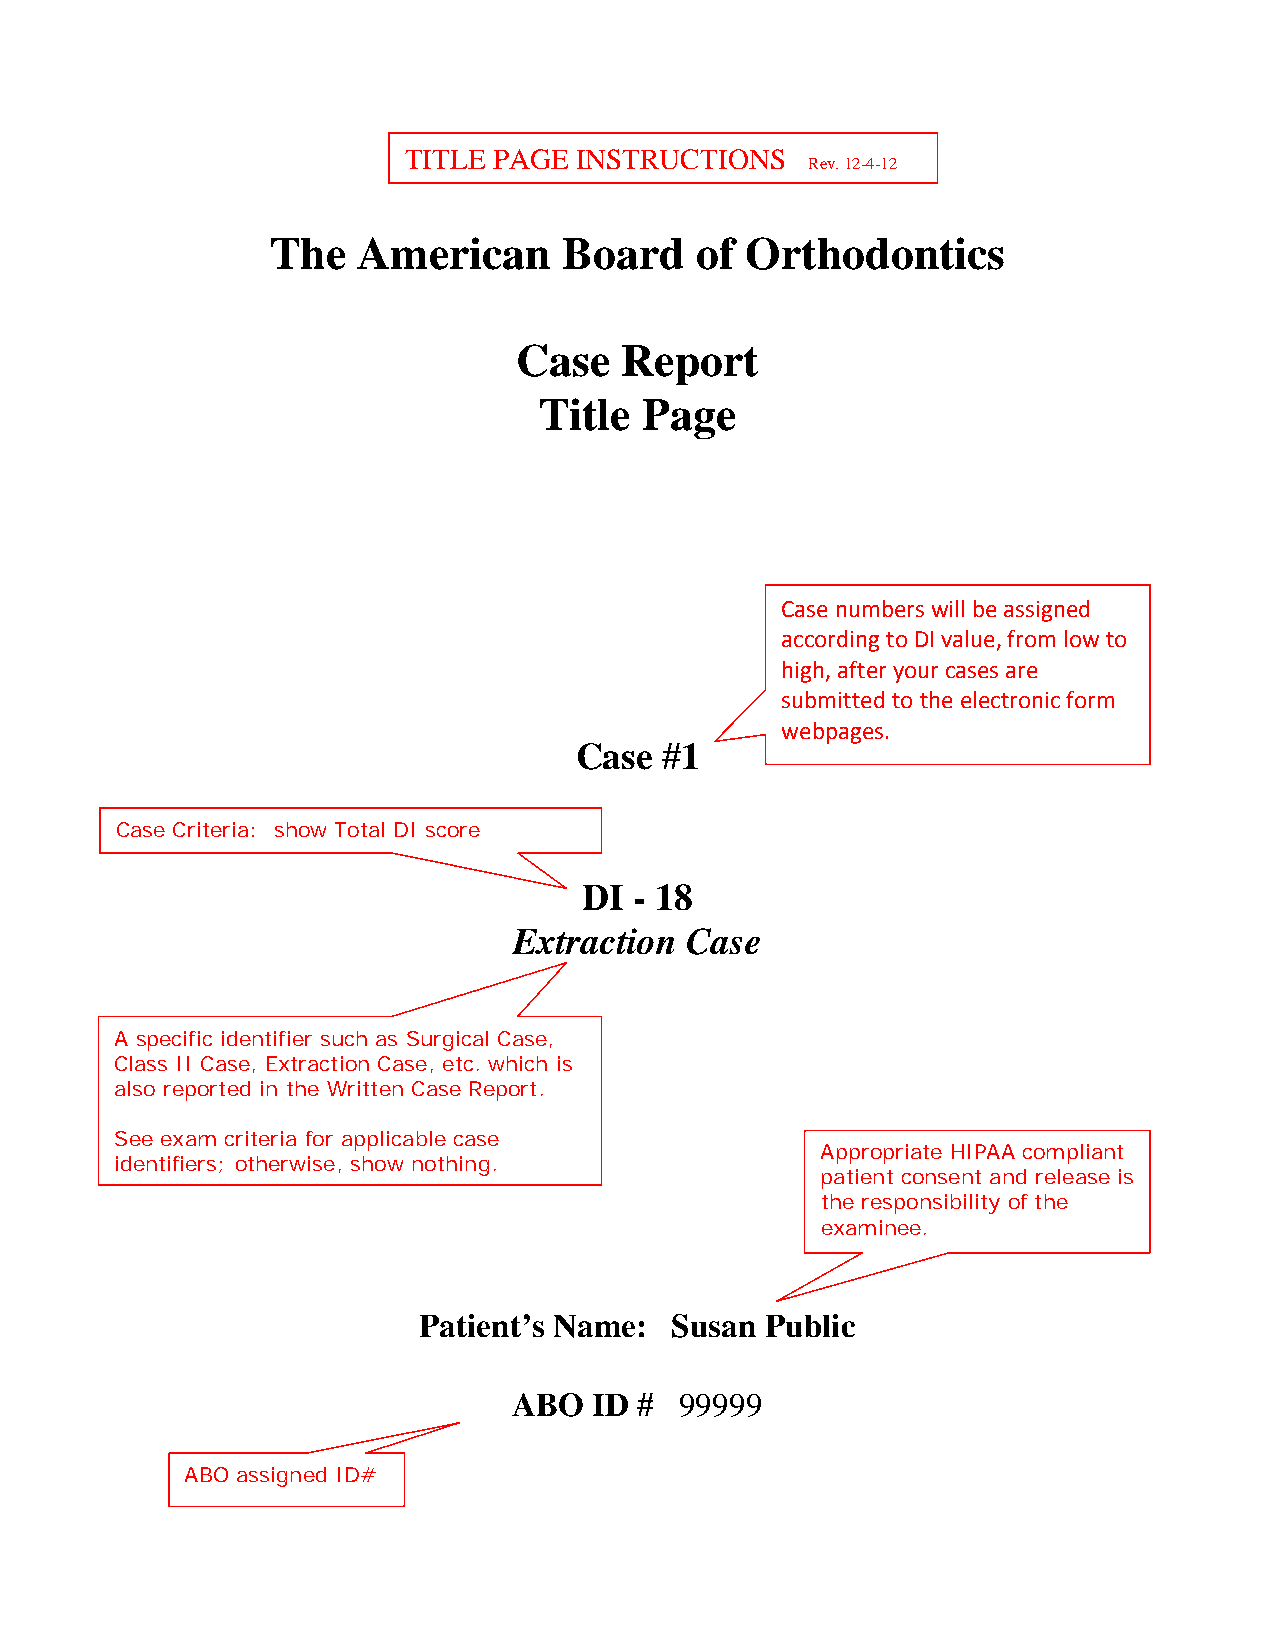
TITLE PAGE INSTRUCTIONS
 Rev. 12-4-12
 The   American     Board    of Orthodontics
 Case   Report
 Title Page
 Case numbers will be assigned
 according to DI value, from low to
 high, after your cases are
 submitted to the electronic form
 webpages.
 Case  #1
 Case Criteria: show Total DI score
 DI - 18
 Extraction Case
 A specific identifier such as Surgical Case,
 Class II Case, Extraction Case, etc. which is
 also reported in the Written Case Report.
 See exam criteria for applicable case
 Appropriate HIPAA compliant
 identifiers; otherwise, show nothing.
 patient consent and release is
 the responsibility of the
 examinee.
 Patient’s Name: Susan  Public
 ABO  ID #  99999
 ABO assigned ID#